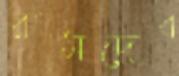
রামদেব